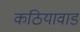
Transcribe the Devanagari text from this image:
कठियावाड